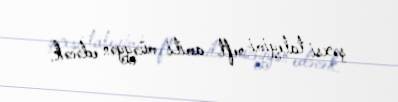
şəxsi taleyimi neft amili müəyyən edəcək.